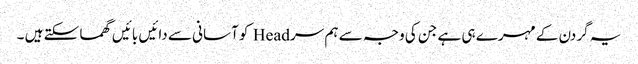
یہ گردن کے مہرے ہی ہے جن کی وجہ سے ہم سر Head کو آسانی سے دائیں بائیں گھما سکتے ہیں ۔